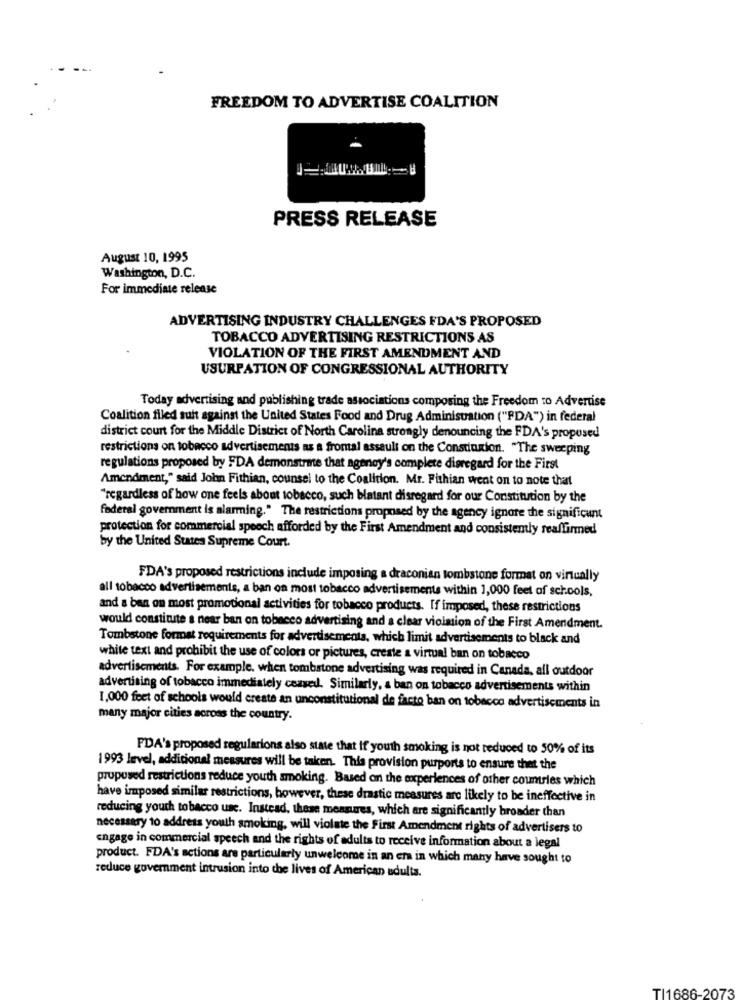
FREEDOM TO ADVERTISE COALITION
PRESS RELEASE
August 10, 1995
Washington, D.C.
For immediate release
ADVERTISING INDUSTRY CHALLENGES FDA'S PROPOSED
TOBACCO ADVERTISING RESTRICTIONS AS
VIOLATION OF THE FIRST AMENDMENT AND
USURPATION OF CONGRESSIONAL AUTHORITY
Today advertising and publishing trade associations composing the Freedom to Advertise
Coalition filed suit against the United States Food and Drug Administration ("FDA") in federal
district court for the Middle District of North Carolina strongly denouncing the FDA's proposed
restrictions on tobacco advertisements as a fromal assault on the Constitution. "The sweeping
regulations proposed by FDA demonstrme that agency's complete disregard for the First
Amendment," said John Fithian, counsel to the Coalition. Mr. Fishian went on to note that
"regardless of how one feels about tobacco, such blatant disregard for our Constitution by the
federal government is alarming." The restrictions proposed by the agency ignore the significant
protection for commercial speech afforded by the First Amendment and consistently reaffirmed
by the United States Supreme Court.
FDA's proposed restrictions include imposing a draconian tombstone format on virtually
all tobacco advertisements, a ban on most tobacco advertisements within 1,000 feet of schools,
and a ban on most promotional activities for tobacco products. If imposed, these restrictions
would constitute a near ban on tobacco advertising and a clear vicission of the First Amendment.
Tombstone format requirements for advertisements, which limit advertisements to black and
white text and prohibit the use of colors or pictures, create a virtual ban on tobacco
advertisements. For example. when tombstone advertising was required in Canada, all outdoor
advertising of tobacco immediately ceased. Similarly, a ban on tobacco advertisements within
1.000 feet of schools would create an unconstitutional de facto ban on tobacco advertisements in
many major cities across the country.
FDA's proposed regularions also state that if youth smoking is not reduced to 50% of its
1993 level, additional measures will be taken. This provision purports to ensure that the
proposed restrictions reduce youth smoking. Based on the experiences of other countries which
have imposed similar restrictions, however, these drastic measures arc likely to be ineffective in
reducing youth tobacco use. Instead, these measures, which are significantly broader than
necessary to address youth smoking, will violate the First Amendment rights of advertisers to
engage in commercial speech and the rights of adults to receive information about a legal
product. FDA's actions are particularly unwelcome in an em in which many have sought to
reduce government intrusion into the lives of American adulta.
TI1686-2073